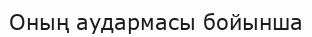
Оның аудармасы бойынша